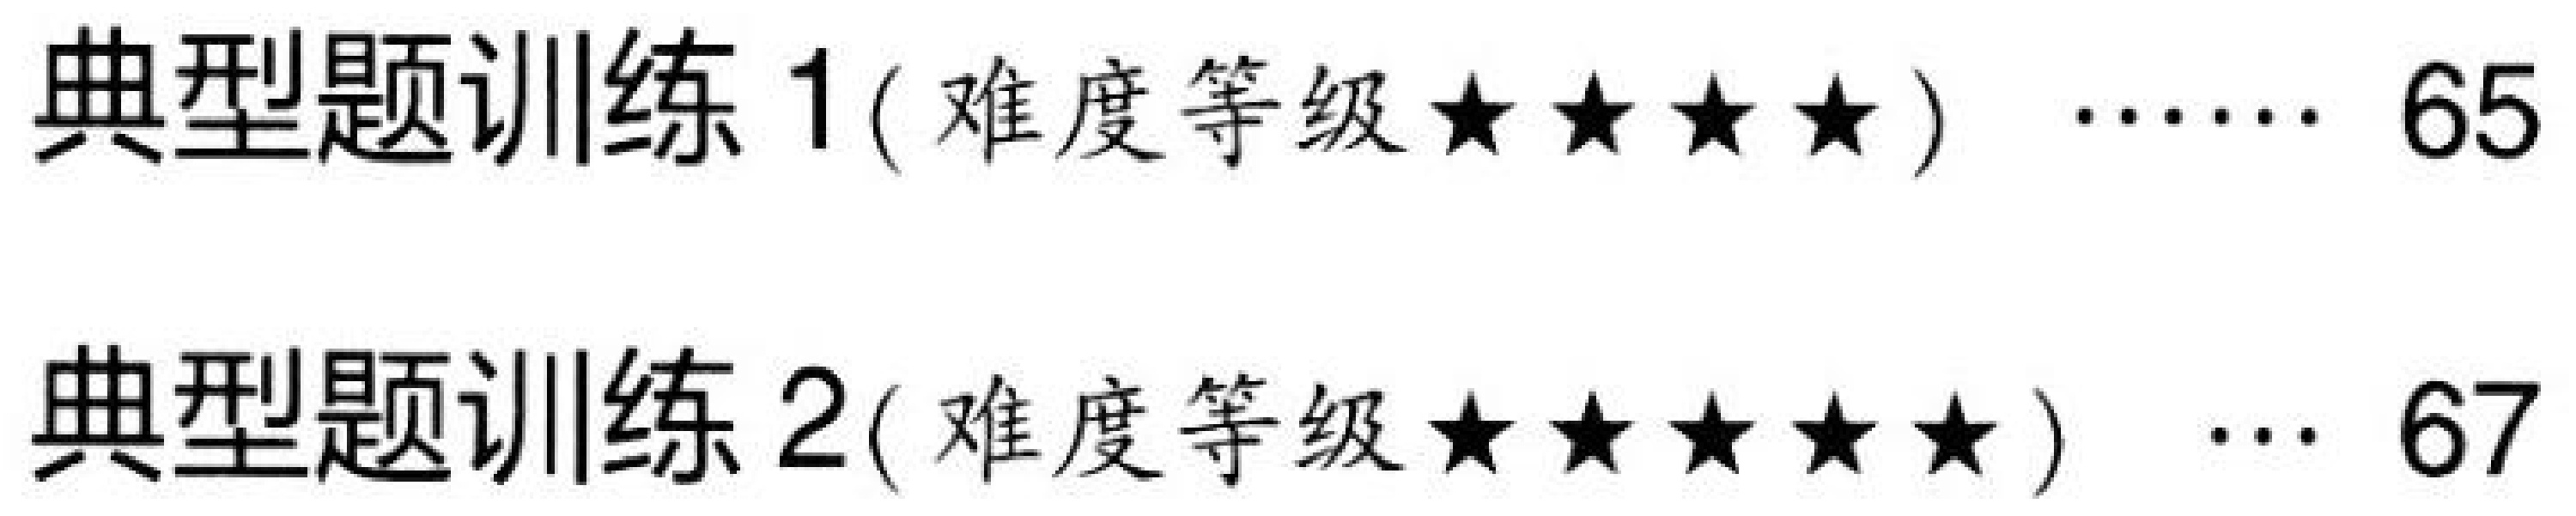
典型题训练 1( 难度等级$\star\star\star\star$) ...... 65
典型题训练 2( 难度等级$\star\star\star\star\star$)  ... 67